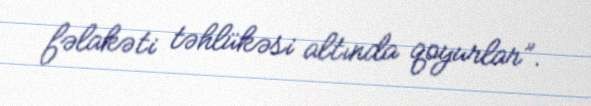
fəlakəti təhlükəsi altında qoyurlar”.